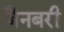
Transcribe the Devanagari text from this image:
बैनबरी